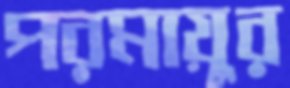
পরমায়ুর